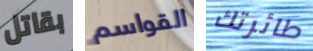
بقاتل القواسم طائرتك